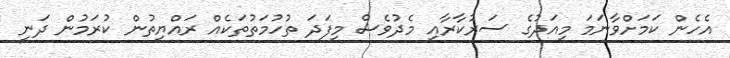
އެހެން ކަމަށްވާނަމަ މިއަދުގެ ސަރުކާރާއި މެދުވެސް މިފަދަ ތުހުމަތުތަކެއް ރައްޔިތުން ކުރަމުން ދަނީ